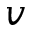
v